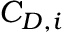
C _ { D , i }